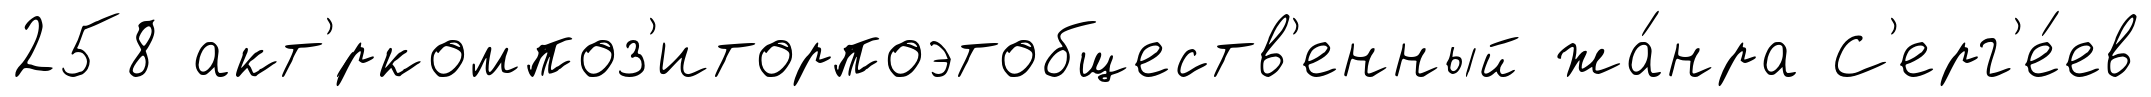
258 акт'́ркомпоз'иторпоэтобществ'енный жа́нра С'ерг'е́ев